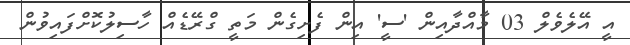
އީ އޭލެވެލް 03 މާއްދާއިން 'ސީ' އިން ފެށިގެން މަތީ ގްރޭޑެއް ހާސިލުކޮށްފައިވުން